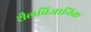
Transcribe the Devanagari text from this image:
शैलविज्ञानिक